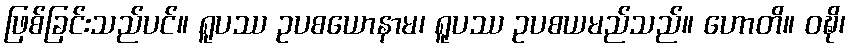
ဖြစ်ခြင်းသည်ပင်။ ရူပဿ ဥပစယောနာမ၊ ရူပဿ ဥပစယမည်သည်။ ဟောတိ။ ဝဍ္ဎိ၊